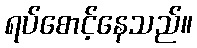
ရပ်စောင့်နေသည်။